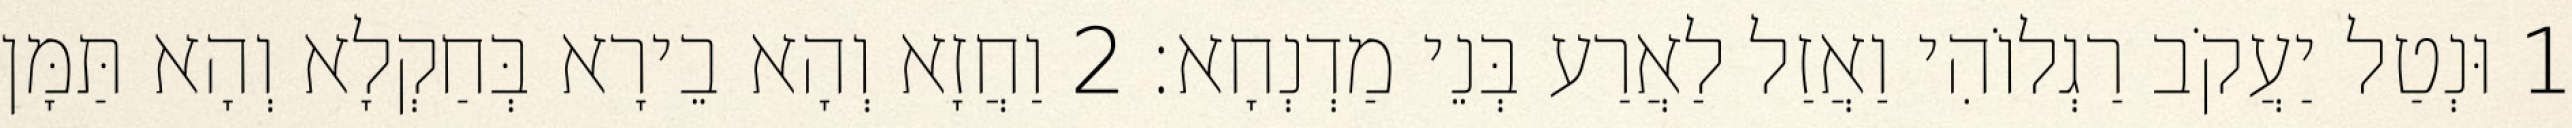
1 וּנְטַל יַעֲקֹב רַגְלוֹהִי וַאֲזַל לַאֲרַע בְּנֵי מַדְנְחָא׃ 2 וַחֲזָא וְהָא בֵירָא בְּחַקְלָא וְהָא תַּמָּן